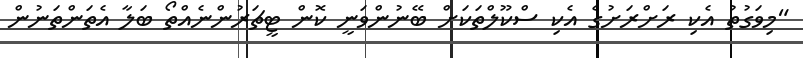
"މިވަގުތު އެކި ރަށްރަށުގެ އެކި ސްކޫލްތަކަށް ބޭނުންވަނީ ކޮން ޓީޗަރުންނެއްތޯ ބަލާ އެތަންތަނުން